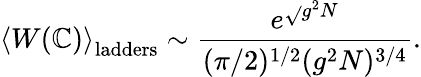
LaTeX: \left<W(\mathbb{C})\right>_{\mathrm{{ladders}}}\sim\frac{{e^{\sqrt{}{{g^{2}N}}}}}{{(\pi/2)^{1/2}(g^{2}N)^{3/4}}}.